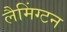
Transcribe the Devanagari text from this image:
लैमिंग्टन